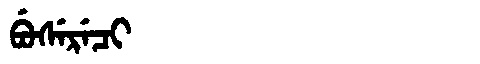
Manchu: ᠪᡠᠰᡝᡵᡝᠴᡳ
Romanization: BUSERECI